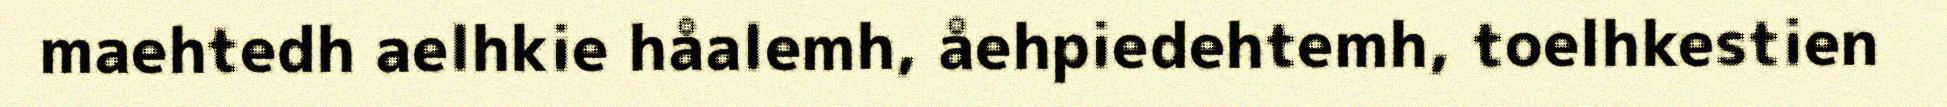
maehtedh aelhkie håalemh, åehpiedehtemh, toelhkestien